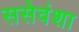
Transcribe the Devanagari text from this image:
ससेवंशा